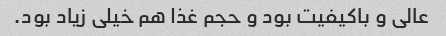
عالی و باکیفیت بود و حجم غذا هم خیلی زیاد بود.